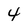
Character: 4